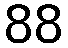
88